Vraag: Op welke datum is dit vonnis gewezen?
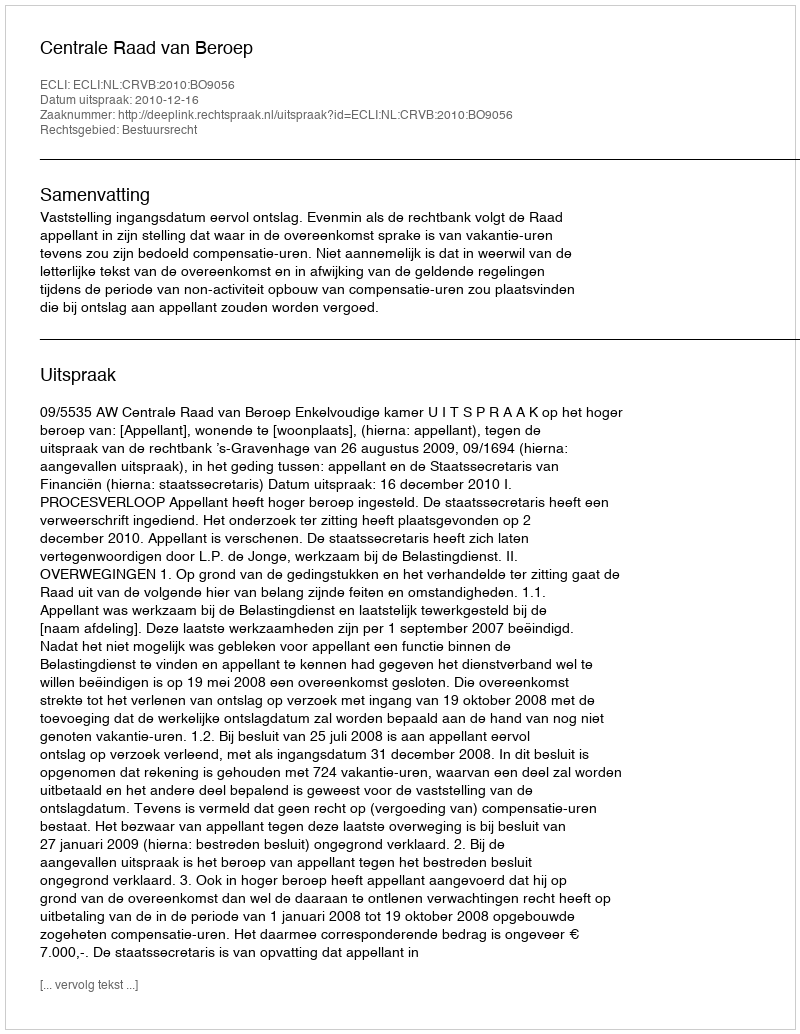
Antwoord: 2010-12-16